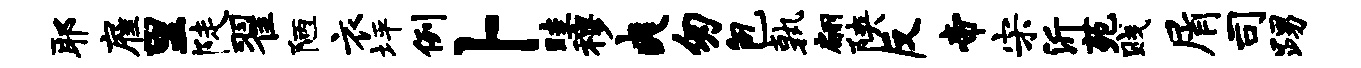
耶雇里陡翟陋衣坪例卜畦穆爽匆包孰翩陕反帝宋沂苑贱屑司踢